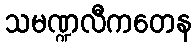
သမဏ္ဍလီကတေန